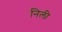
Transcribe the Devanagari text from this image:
निली